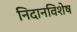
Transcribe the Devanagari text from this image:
निदानविशेष